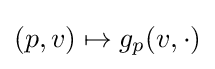
(p,v)\mapsto g_{p}(v,\cdot )